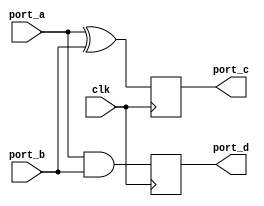
module ALW_IS_TASK(clk, port_a, port_b, port_c, port_d);
   input clk; 
   input port_a, port_b; 
   output port_c, port_d;
   reg port_c, port_d;

   always @(posedge clk)
   begin 
      task_a(port_c, port_d, port_a,port_b);
   end

   task task_a; 
      output out_a, out_b; 
      input in_a, in_b;
      begin
         out_a = in_a ^ in_b;
         out_b = in_a & in_b;
      end
   endtask

endmodule